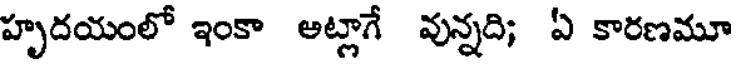
హృదయంలో ఇంకా అట్లాగే వున్నది; ఏ కారణమూ